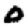
Digit: 0